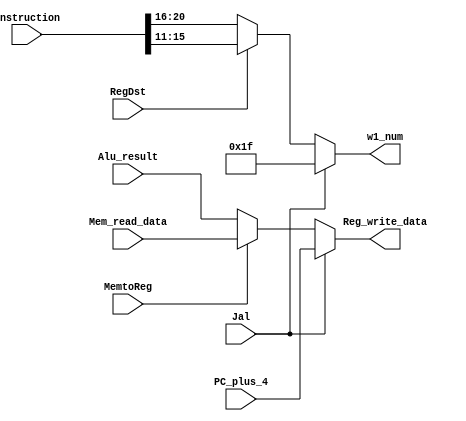
`timescale 1ns / 1ps
//////////////////////////////////////////////////////////////////////////////////
// Company: 
// Engineer: 
// 
// Design Name: 
// Module Name: writeback
// Project Name: 
// Target Devices: 
// Tool Versions: 
// Description: 
// 
// Dependencies: 
// 
// Revision:
// Revision 0.01 - File Created
// Additional Comments:
// 
//////////////////////////////////////////////////////////////////////////////////


module writeback(
        input [31:0] Instruction,
        input [31:0] PC_plus_4,
        input [31:0] Mem_read_data,
        input [31:0] Alu_result,
        input Jal,
        input MemtoReg,
        input RegDst,
        output [4:0] w1_num,
        output [31:0] Reg_write_data
    );
    assign w1_num = (Jal)? 5'h1f:
                    (RegDst)? Instruction[15:11]: Instruction[20:16];
    assign Reg_write_data = (Jal)? PC_plus_4:
                            (MemtoReg)? Mem_read_data: Alu_result;
endmodule